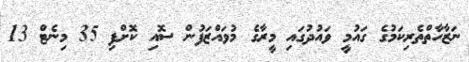
ނަޒާހާތްތެރިކަމުގެ ގައުމީ ވައުދުގައި މީރާގެ މުވައްޒަފުން ސޮއި ކޮށްފި 35 މިނެޓް 13